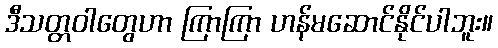
ဒီသတ္တဝါတွေဟာ ကြာကြာ ဟန်မဆောင်နိုင်ပါဘူး။